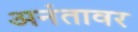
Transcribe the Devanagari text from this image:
अनंतावर